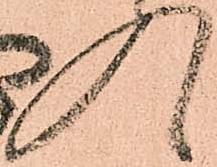
入